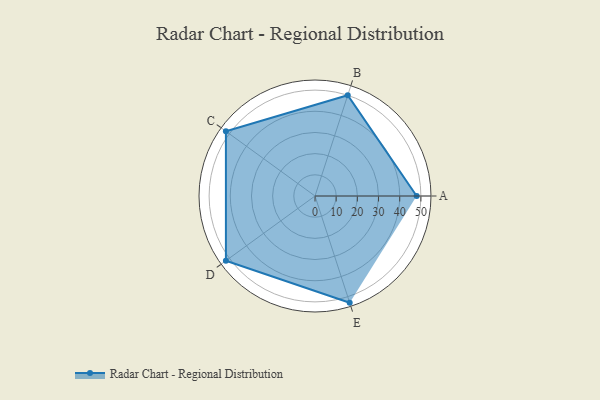
{"axis": {"x": "Skill", "y": "Score"}, "legend": ["Profile"], "data": [{"x": "A", "y": 48.0, "type": "Profile"}, {"x": "B", "y": 50.0, "type": "Profile"}, {"x": "C", "y": 52.0, "type": "Profile"}, {"x": "D", "y": 52.0, "type": "Profile"}, {"x": "E", "y": 53.0, "type": "Profile"}]}